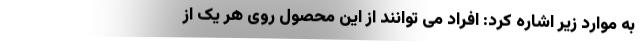
به موارد زیر اشاره کرد: افراد می توانند از این محصول روی هر یک از